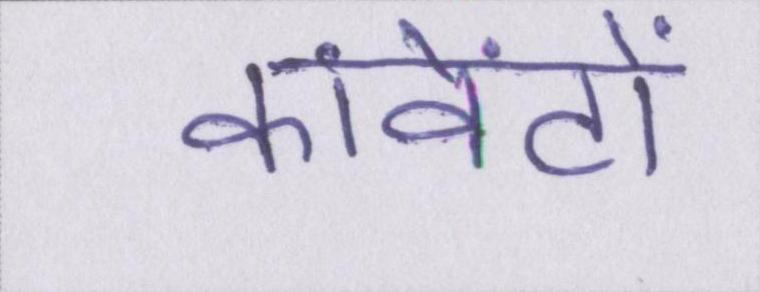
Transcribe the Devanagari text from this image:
कांवेंटों